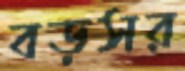
বড়সর